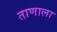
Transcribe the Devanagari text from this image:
ताणाला